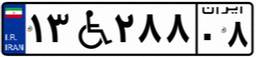
۱۳W۲۸۸۰۸